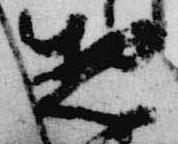
惣